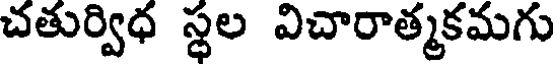
చతుర్విధ స్థల విచారాత్మకమగు